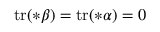
\mathrm { t r } ( \ast \beta ) = \mathrm { t r } ( \ast \alpha ) = 0